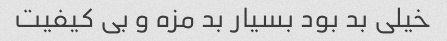
خیلی بد بود بسیار بد مزه و بی کیفیت